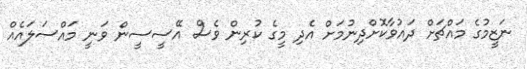
ނަޒީމުގެ މައްޗަށް ދައުވާކޮށްދިނުމަށް އެދި މީގެ ކުރިން ވެސް އޭސީސީން ވަނީ މައްސަލައެއް